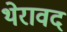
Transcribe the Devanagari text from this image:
थेरावद